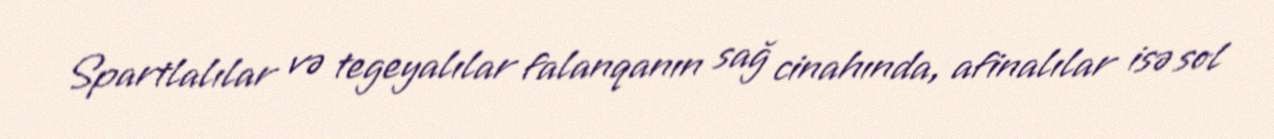
Spartlalılar və tegeyalılar falanqanın sağ cinahında, afinalılar isə sol